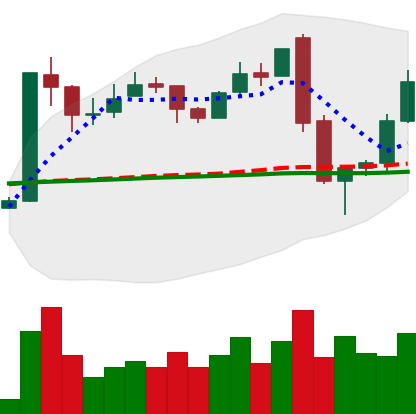
Ticker: LTC-USD
Chart end date: 2017-01-10
Forward return: -14.498%
Label: down_7plus